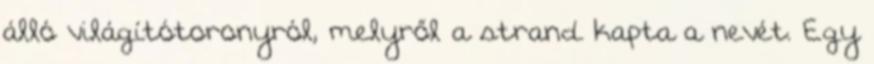
álló világítótoronyról, melyről a strand kapta a nevét. Egy